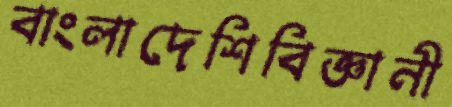
বাংলাদেশিবিজ্ঞানী